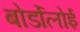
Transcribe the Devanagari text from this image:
बोर्डोलोई